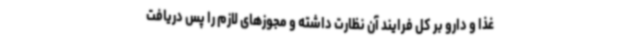
غذا و دارو بر کل فرایند آن نظارت داشته و مجوزهای لازم را پس دریافت